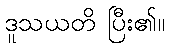
ဒူသယတိ ပြီး၏။